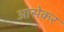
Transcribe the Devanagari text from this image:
आसेकर